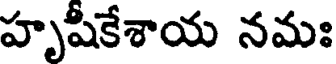
హృషీకేశాయ నమః